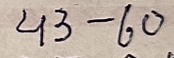
43 - 60